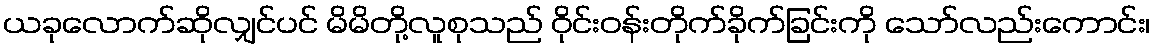
ယခုလောက်ဆိုလျှင်ပင် မိမိတို့လူစုသည် ဝိုင်းဝန်းတိုက်ခိုက်ခြင်းကို သော်လည်းကောင်း၊